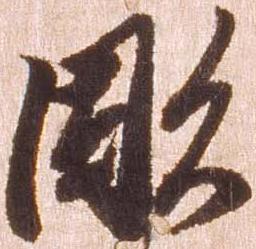
彫